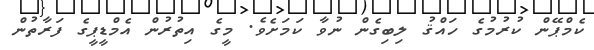
ކެމްޕޭން ކުރުމުގެ ހައްޤު ލިބިގެން ނުވާ ކަމަށެވެ. މީގެ އިތުރުން އެމްޑީޕީގެ ފަރާތުން